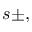
s \pm ,